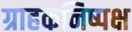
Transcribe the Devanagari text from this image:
ग्राहकनिष्पक्ष